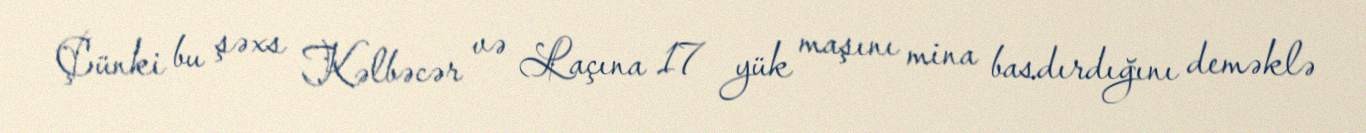
Çünki bu şəxs Kəlbəcər və Laçına 17 yük maşını mina basdırdığını deməklə